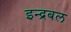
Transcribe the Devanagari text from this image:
इन्द्रबल